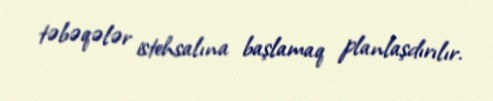
təbəqələr istehsalına başlamaq planlaşdırılır.